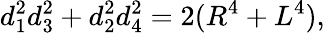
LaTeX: d_{1}^{2}d_{3}^{2}+d_{2}^{2}d_{4}^{2}=2(R^{4}+L^{4}),